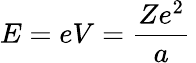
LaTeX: E=eV={\frac{Ze^{2}}{a}}\,